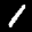
Label: 1